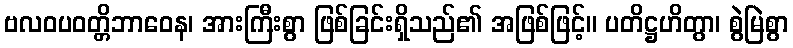
ဗလဝပဝတ္တိဘာဝေန၊ အားကြီးစွာ ဖြစ်ခြင်းရှိသည်၏ အဖြစ်ဖြင့်။ ပတိဋ္ဌဟိတွာ၊ စွဲမြဲစွာ